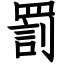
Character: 罰